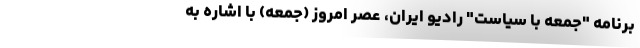
برنامه "جمعه با سیاست" رادیو ایران، عصر امروز (جمعه) با اشاره به